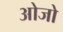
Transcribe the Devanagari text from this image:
ओजो